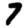
Digit: 7